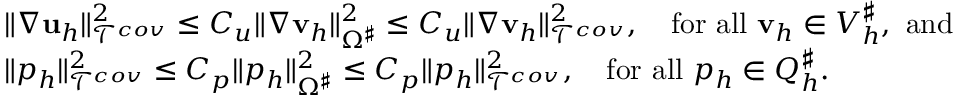
\begin{array} { r l r } & { \| \nabla \mathbf { u } _ { h } \| _ { \mathcal { T } ^ { c o v } } ^ { 2 } \leq C _ { u } \| \nabla \mathbf { v } _ { h } \| _ { \Omega ^ { \sharp } } ^ { 2 } \leq C _ { u } \| \nabla \mathbf { v } _ { h } \| _ { \mathcal { T } ^ { c o v } } ^ { 2 } , \quad \mathrm { f o r ~ a l l ~ } \mathbf { v } _ { h } \in V _ { h } ^ { \sharp } , \mathrm { ~ a n d ~ } } & \\ & { \| p _ { h } \| _ { \mathcal { T } ^ { c o v } } ^ { 2 } \leq C _ { p } \| p _ { h } \| _ { \Omega ^ { \sharp } } ^ { 2 } \leq C _ { p } \| p _ { h } \| _ { \mathcal { T } ^ { c o v } } ^ { 2 } , \quad \mathrm { f o r ~ a l l ~ } p _ { h } \in Q _ { h } ^ { \sharp } . } & \end{array}